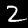
Digit: 2